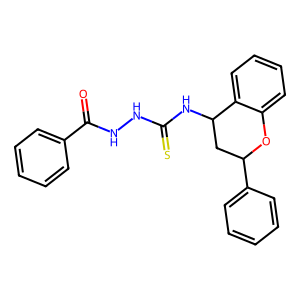
SMILES: O=C(NNC(=S)NC1CC(c2ccccc2)Oc2ccccc21)c1ccccc1
Inhibits HIV replication: No